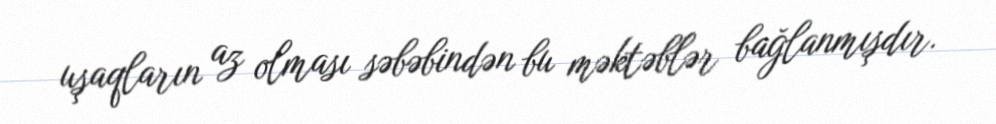
uşaqların az olması səbəbindən bu məktəblər bağlanmışdır.